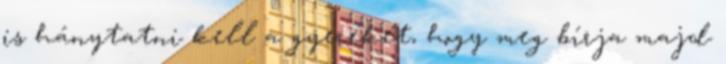
is hánytatni kell a gyereket, hogy meg bírja majd